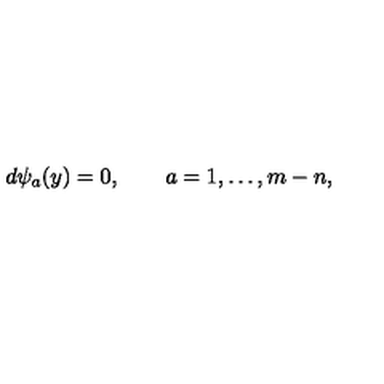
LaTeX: d \psi _ { a } ( y ) = 0 , \qquad a = 1 , \ldots , m - n ,